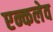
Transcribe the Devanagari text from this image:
एन्कलेव